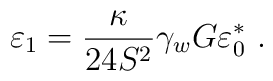
\varepsilon_1 =\frac{\kappa}{24 S^2} \gamma_w G \varepsilon_0^{*}\ .